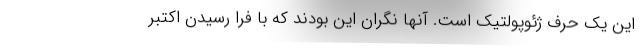
این یک حرف ژئوپولتیک است. آنها نگران این بودند که با فرا رسیدن اکتبر